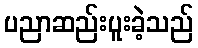
ပညာဆည်းပူးခဲ့သည်